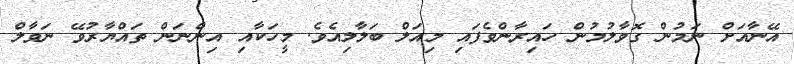
އޭނާއަށް ނަމުން ގޮވާލުމުން ހައިރާންވެފައި މިއަލް ބަލާލިއެވެ. މީހަކާއި އިންނަން ތައްޔާރުވޭ ނަވާލް